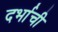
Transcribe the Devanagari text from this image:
दर्भाची